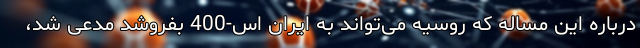
درباره این مساله که روسیه می‌تواند به ایران اس-400 بفروشد مدعی شد،